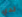
لدي